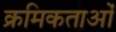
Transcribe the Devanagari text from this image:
क्रमिकताओं